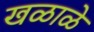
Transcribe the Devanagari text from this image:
खळाळे